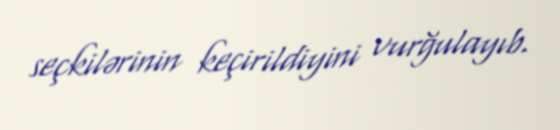
seçkilərinin keçirildiyini vurğulayıb.